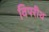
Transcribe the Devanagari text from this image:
विपरीथ